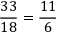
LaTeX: { \frac { 3 3 } { 1 8 } } = { \frac { 1 1 } { 6 } }